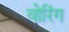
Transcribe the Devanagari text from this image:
वोरिंग